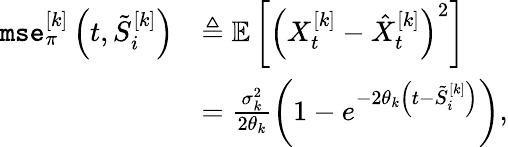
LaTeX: \begin{array}{rl}{\texttt{mse}_{\pi}^{[k]}\left(t,\tilde{S}_{i}^{[k]}\right)}&{\triangleq{\mathbb{E}}\left[\left(X_{t}^{[k]}-\hat{X}_{t}^{[k]}\right)^{2}\right]}\\ &{=\frac{\sigma_{k}^{2}}{2\theta_{k}}\left(1-e^{-2\theta_{k}\left(t-\tilde{S}_{i}^{[k]}\right)}\right),}\end{array}